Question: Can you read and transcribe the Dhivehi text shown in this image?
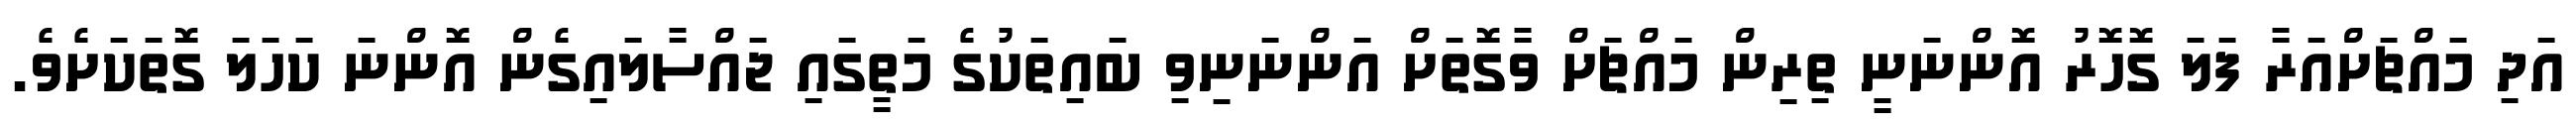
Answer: އަދި މައްޗަށްއަރާ ފަލަ ގޮހޮރު އޮންނަނީ ތިރިން މައްޗަށް ވާގޮތަށް އަންނަނިވި ބައިތަކުގެ މަތީގައި ޖައްސާލައިގެން އޮންނަ ކަހަލަ ގޮތަކަށެވެ.